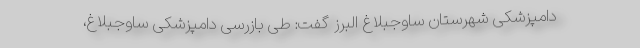
دامپزشکی شهرستان ساوجبلاغ البرز گفت: طی بازرسی دامپزشکی ساوجبلاغ،